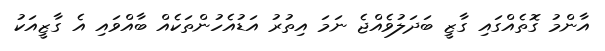
އާންމު ގޮތެއްގައި ގާޒީ ބަދަލުވެއްޖެ ނަމަ އިތުރު އަޑުއެހުންތަކެއް ބާއްވައި އެ ގާޒީއަކު